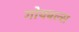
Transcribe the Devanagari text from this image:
गोयबल्स